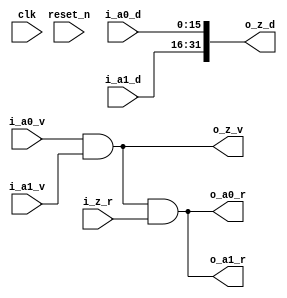
//------------------------------------------------------------------------------
//  http://github.com/gulakim/cory
//  
//------------------------------------------------------------------------------
`ifndef CORY_PACK2
    `define CORY_PACK2

//------------------------------------------------------------------------------
module cory_pack2 #(
    parameter   N   = 16,
    parameter   A0  = N,
    parameter   A1  = N,
    parameter   Z   = A0 + A1
) (
    input           clk,
    input           i_a0_v,
    input   [A0-1:0]i_a0_d,
    output          o_a0_r,
    input           i_a1_v,
    input   [A1-1:0]i_a1_d,
    output          o_a1_r,
    output          o_z_v,
    output  [Z-1:0] o_z_d,
    input           i_z_r,
    input           reset_n
);

//------------------------------------------------------------------------------

wire    [A0-1:0]    op_a0   = i_a0_d;
wire    [A1-1:0]    op_a1   = i_a1_d;
wire    [Z-1:0]     op_z    = {op_a1, op_a0};

//------------------------------------------------------------------------------
wire    op_r        = i_a0_v & i_a1_v;
wire    op_done     = o_z_v & i_z_r;

assign  o_z_v   = op_r;
assign  o_z_d   = op_z;
assign  o_a0_r  = op_done;
assign  o_a1_r  = op_done;

`ifdef SIM

`ifdef  CORY_MON
    cory_monitor #(Z) u_monitor_z (
        .clk        (clk),
        .i_v        (o_z_v),
        .i_d        (o_z_d),
        .i_r        (i_z_r),
        .reset_n    (reset_n)
    );
`endif                                          //  CORY_MON

`endif
endmodule


`endif